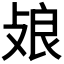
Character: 𢽂